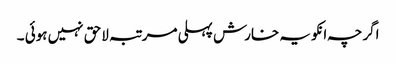
اگرچہ انکو یہ خارش پہلی مرتبہ لاحق نہیں ہوئی ۔